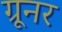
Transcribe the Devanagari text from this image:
ग्रूनर